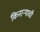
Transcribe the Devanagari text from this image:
किनार्‍याची